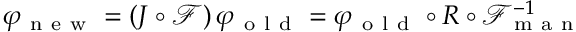
\begin{array} { r } { \varphi _ { \mathrm { ~ n ~ e ~ w ~ } } = ( J \circ \mathcal { F } ) \, \varphi _ { \mathrm { ~ o ~ l ~ d ~ } } = \varphi _ { \mathrm { ~ o ~ l ~ d ~ } } \circ R \circ \mathcal { F } _ { \mathrm { ~ m ~ a ~ n ~ } } ^ { - 1 } } \end{array}